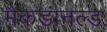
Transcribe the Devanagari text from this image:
मैकडानल्ड